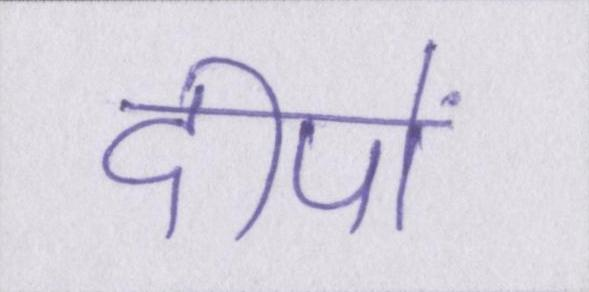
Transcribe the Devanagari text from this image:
दीपों